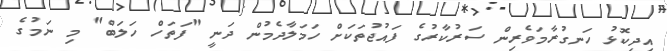
އިދިކޮޅު ހަނގުރާމަވެރިން ސަރުކާރުގެ ފައުޖުތަކަށް ހަމަލާދެމުން ދަނީ "ފަތަހް ހަލަބް" މި ނަމުގެ